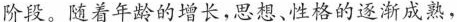
阶段。随着年龄的增长，思想、性格的逐渐成熟